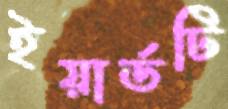
ইয়ার্ডটি